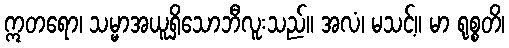
ဣတရော၊ သမ္မာအယူရှိသောဘီလူးသည်။ အလံ၊ မသင့်။ မာ ရုစ္စတိ၊